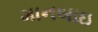
માનબાઇ